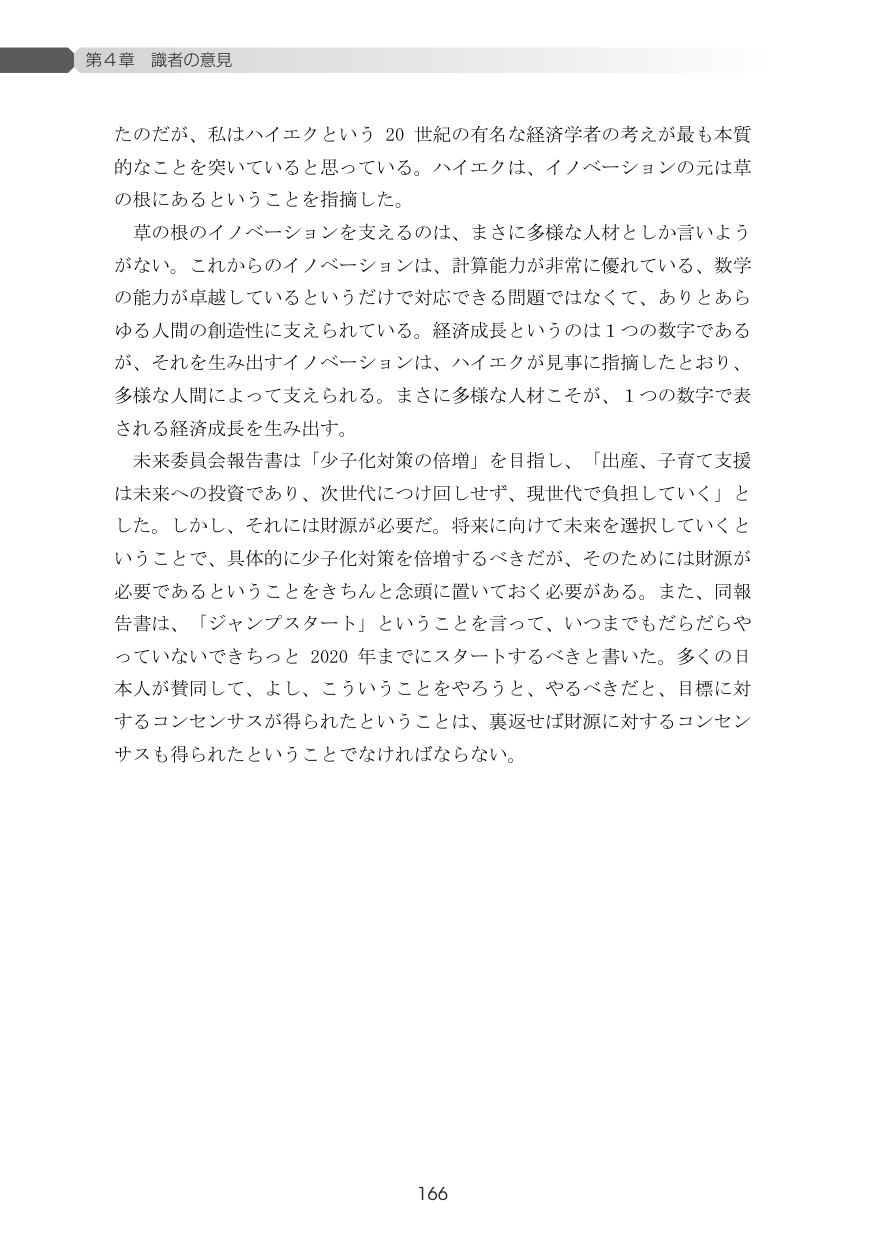
第4章 読者の意見

たのだが、私はハイエクという 20 世紀の有名な経済学者の考えが最も本質的なことを突いていると思っている。ハイエクは、イノベーションの元は草の根にあるということを指摘した。

草の根のイノベーションを支えるのは、まさに多様な人材としか言いようがない。これからのイノベーションは、計算能力が非常に優れている、数学の能力が卓越しているというだけで対応できる問題ではなくて、ありとあらゆる人間の創造性に支えられている。経済成長というのは1つの数字であるが、それを生み出すイノベーションは、ハイエクが見事に指摘したとおり、多様な人間によって支えられる。まさに多様な人材こそが、1つの数字で表される経済成長を生み出す。

未来委員会報告書は「少子化対策の倍増」を目指し、「出産、子育て支援は未来への投資であり、次世代につけ回しせず、現世代で負担していく」とした。しかし、それには財源が必要だ。将来に向けて未来を選択していくということで、具体的に少子化対策を倍増するべきだが、そのためには財源が必要であるということをきちんと念頭に置いておく必要がある。また、同報告書は、「ジャンプスタート」ということを言って、いつまでもだらだらやっていないでさっさと 2020 年までにスタートするべきと書いた。多くの日本人が賛同して、よし、こういうことをやろうと、やるべきだと、目標に対するコンセンサスが得られたということは、裏返せば財源に対するコンセンサスも得られたということでなければならない。

166